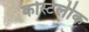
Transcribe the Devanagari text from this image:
कोस्टेलीक